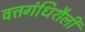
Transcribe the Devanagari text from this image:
वत्तगंधिशैली